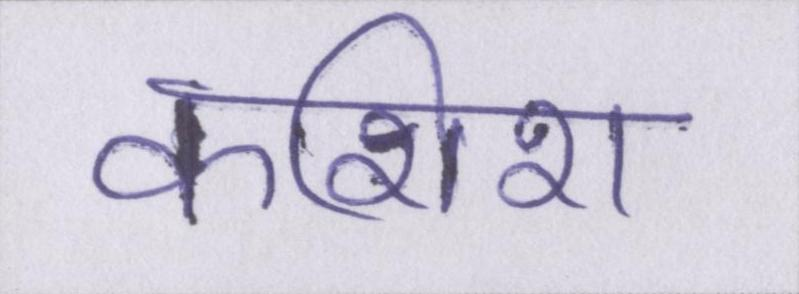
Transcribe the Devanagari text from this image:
कशिश